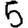
Digit: 5